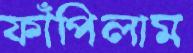
ফাঁপিলাম